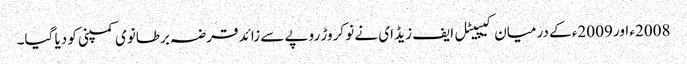
2008ء اور 2009ء کے درمیان کیپیٹل ایف زیڈ ای نے نو کروڑ روپے سے زائد قرضہ برطانوی کمپنی کو دیا گیا۔